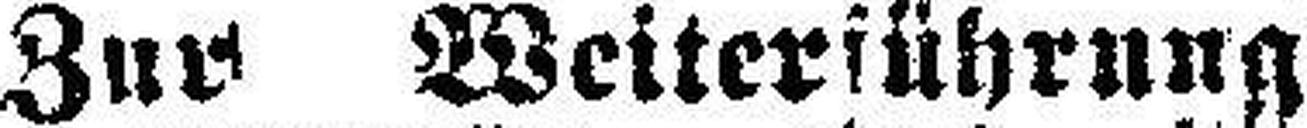
Zur Weiterführung